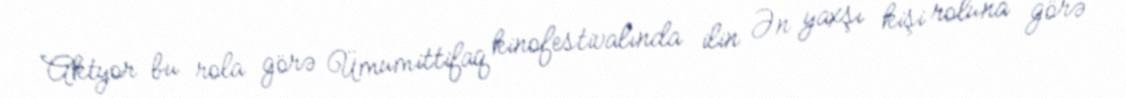
Aktyor bu rola görə Ümumittifaq kinofestivalında ilin Ən yaxşı kişi roluna görə